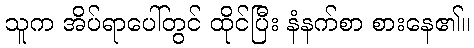
သူက အိပ်ရာပေါ်တွင် ထိုင်ပြီး နံနက်စာ စားနေ၏။